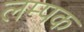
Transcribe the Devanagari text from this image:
लम्पक